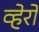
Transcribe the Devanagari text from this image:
व्हेरो